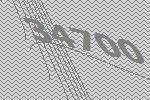
34700